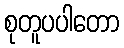
စုတူပပါတော